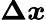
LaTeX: \boldsymbol{\Delta x}